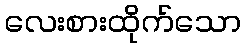
လေးစားထိုက်သော